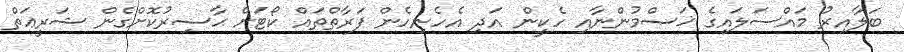
ބަލާއިރު މައްސަލައިގެ ޚަޞްމުންނާއި ހެކީން އަދި އެހެނިހެން ފަރާތްތައް ކޯޓަށް ޙާޟިރުކޮށްގެން ޝަރީޢަތް